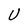
Character: U